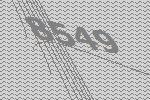
8549